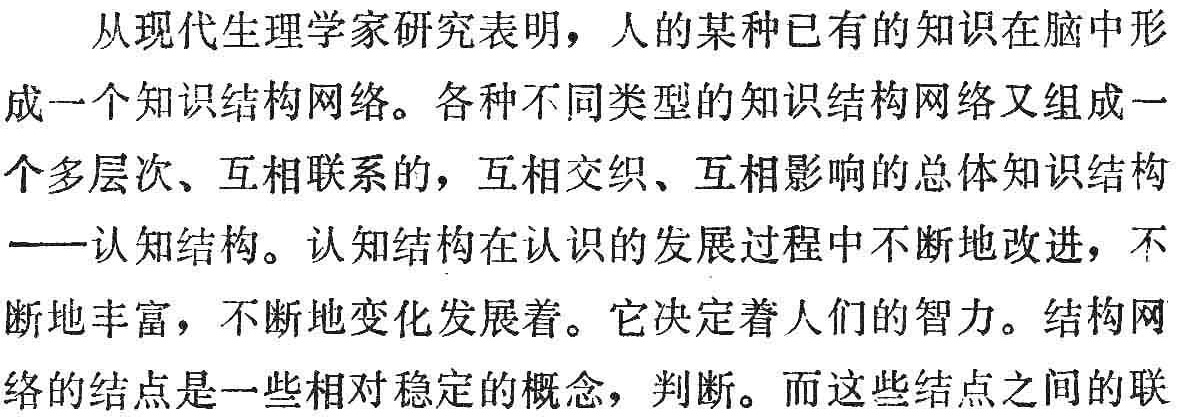
从现代生理学家研究表明，人的某种已有的知识在脑中形

成一个知识结构网络。各种不同类型的知识结构网络又组成一

个多层次、互相联系的，互相交织、互相影响的总体知识结构

——认知结构。认知结构在认识的发展过程中不断地改进，不

断地丰富，不断地变化发展着。它决定着人们的智力。结构网

络的结点是一些相对稳定的概念，判断。而这些结点之间的联